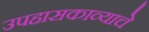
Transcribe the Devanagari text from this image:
उपहासकाव्याचे